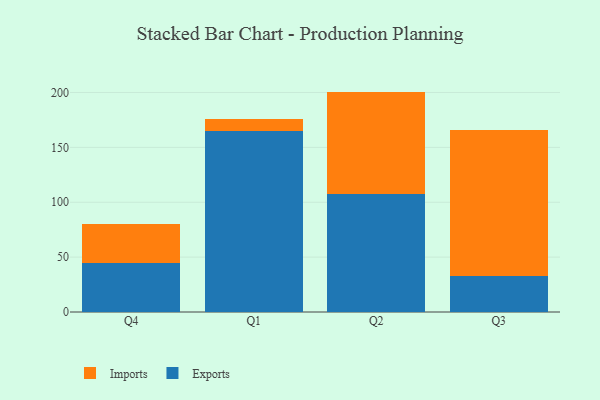
{"axis": {"x": "Quarter", "y": "Headcount"}, "legend": ["Exports", "Imports"], "data": [{"x": "Q4", "y": 44.9, "type": "Exports"}, {"x": "Q4", "y": 35.5, "type": "Imports"}, {"x": "Q1", "y": 164.6, "type": "Exports"}, {"x": "Q1", "y": 11.3, "type": "Imports"}, {"x": "Q2", "y": 107.5, "type": "Exports"}, {"x": "Q2", "y": 93.3, "type": "Imports"}, {"x": "Q3", "y": 32.8, "type": "Exports"}, {"x": "Q3", "y": 133.0, "type": "Imports"}]}